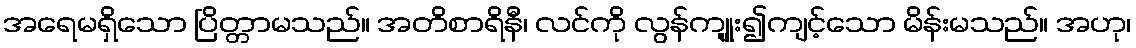
အရေမရှိသော ပြိတ္တာမသည်။ အတိစာရိနီ၊ လင်ကို လွန်ကျုူး၍ကျင့်သော မိန်းမသည်။ အဟု၊